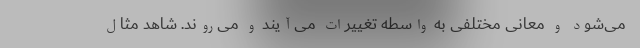
می‌شود و معانی مختلفی به واسطه تغییرات می‌آیند و می‌روند. شاهد مثال